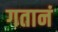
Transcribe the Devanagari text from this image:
गतानं